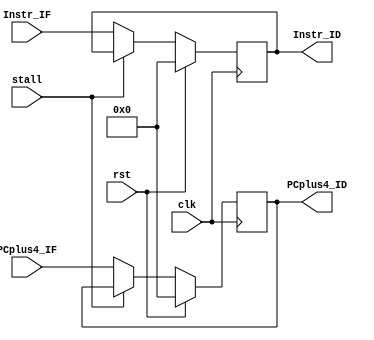
`timescale 1ns/1ns

module IF_ID(input clk, 
             input rst,
             input stall,   
             input [31:0]PCplus4_IF, 
             output reg [31:0]PCplus4_ID, 
             input [31:0]Instr_IF,
             output reg [31:0]Instr_ID);
  
  always@(posedge clk)
    begin
    
      if (rst) begin
        PCplus4_ID <= 0;
        Instr_ID <= 0;
      end

      else if(stall) begin
        PCplus4_ID <= PCplus4_ID;
        Instr_ID <= Instr_ID;
        end

      else begin
		PCplus4_ID <= PCplus4_IF;
        Instr_ID <= Instr_IF;
      end

    end
  
endmodule